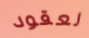
لعقود